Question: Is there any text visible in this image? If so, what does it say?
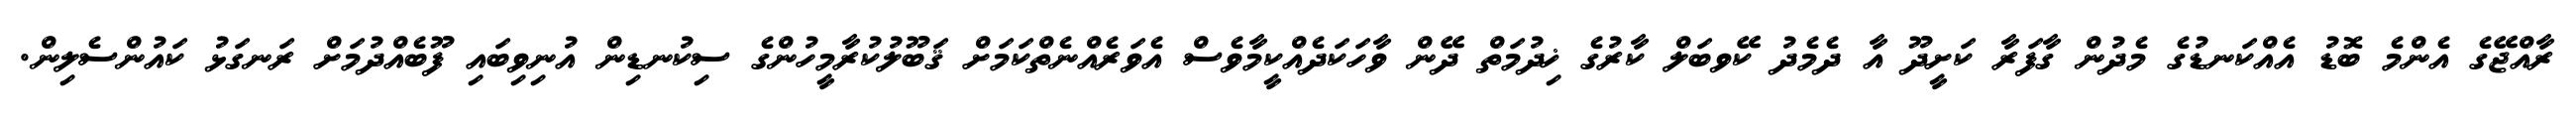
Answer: ރާއްޖޭގެ އެންމެ ބޮޑު އެއްކަނޑުގެ މެދުން ގާފަރާ ކަށީދޫ އާ ދެމެދު ކޭވބަލް ކާރުގެ ޚިދުމަތް ދޭން ވާހަކަދެއްކީމާވެސް އެވަރެއްނެތްކަމަށް ޤަބޫލުކުރާމީހުންގެ ސިކުނޑިން އުނިވިބައި ފޫބެއްދުމަށް ރަނގަޅު ކައުންސެލިން.